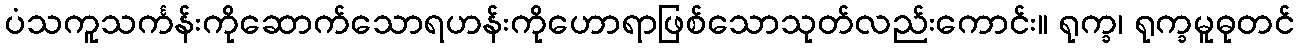
ပံသကူသင်္ကန်းကိုဆောက်သောရဟန်းကိုဟောရာဖြစ်သောသုတ်လည်းကောင်း။ ရုက္ခ၊ ရုက္ခမူဓုတင်